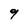
Character: 9